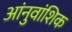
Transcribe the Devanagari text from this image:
आंनुवांशिक